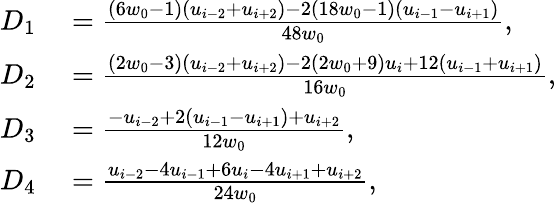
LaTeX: \begin{array}{rl}{D_{1}}&{{}=\frac{\left(6w_{0}-1\right)\left(u_{i-2}+u_{i+2}\right)-2\left(18w_{0}-1\right)\left(u_{i-1}-u_{i+1}\right)}{48w_{0}},}\\ {D_{2}}&{{}=\frac{\left(2w_{0}-3\right)\left(u_{i-2}+u_{i+2}\right)-2\left(2w_{0}+9\right)u_{i}+12\left(u_{i-1}+u_{i+1}\right)}{16w_{0}},}\\ {D_{3}}&{{}=\frac{-u_{i-2}+2\left(u_{i-1}-u_{i+1}\right)+u_{i+2}}{12w_{0}},}\\ {D_{4}}&{{}=\frac{u_{i-2}-4u_{i-1}+6u_{i}-4u_{i+1}+u_{i+2}}{24w_{0}},}\end{array}